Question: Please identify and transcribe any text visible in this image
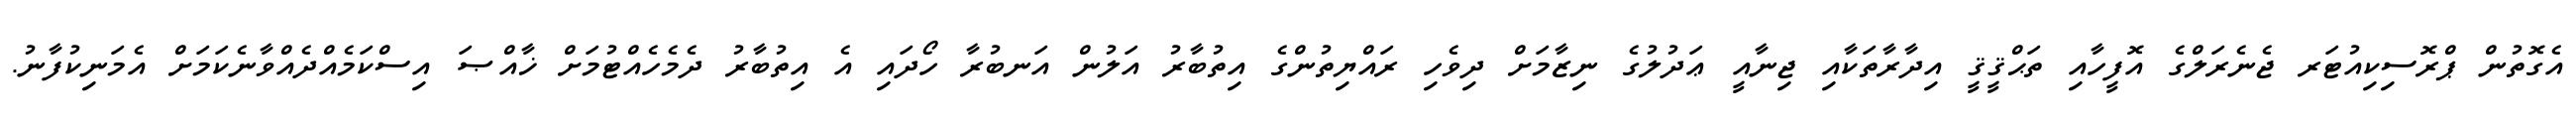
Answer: އެގޮތުން ޕްރޮސިކިއުޓަރ ޖެނެރަލްގެ އޮފީހާއި ތަޙްޤީޤީ އިދާރާތަކާއި ޖިނާއީ ޢަދުލުގެ ނިޒާމަށް ދިވެހި ރައްޔިތުންގެ އިތުބާރު އަލުން އަނބުރާ ހޯދައި އެ އިތުބާރު ދެމެހެއްޓުމަށް ޚާއްޞަ އިސްކަމެއްދެއްވާނެކަމަށް އެމަނިކުފާނު.